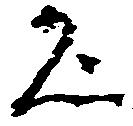
名